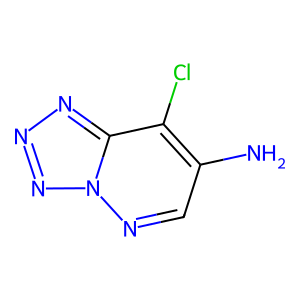
SMILES: Nc1cnn2nnnc2c1Cl
Inhibits HIV replication: No